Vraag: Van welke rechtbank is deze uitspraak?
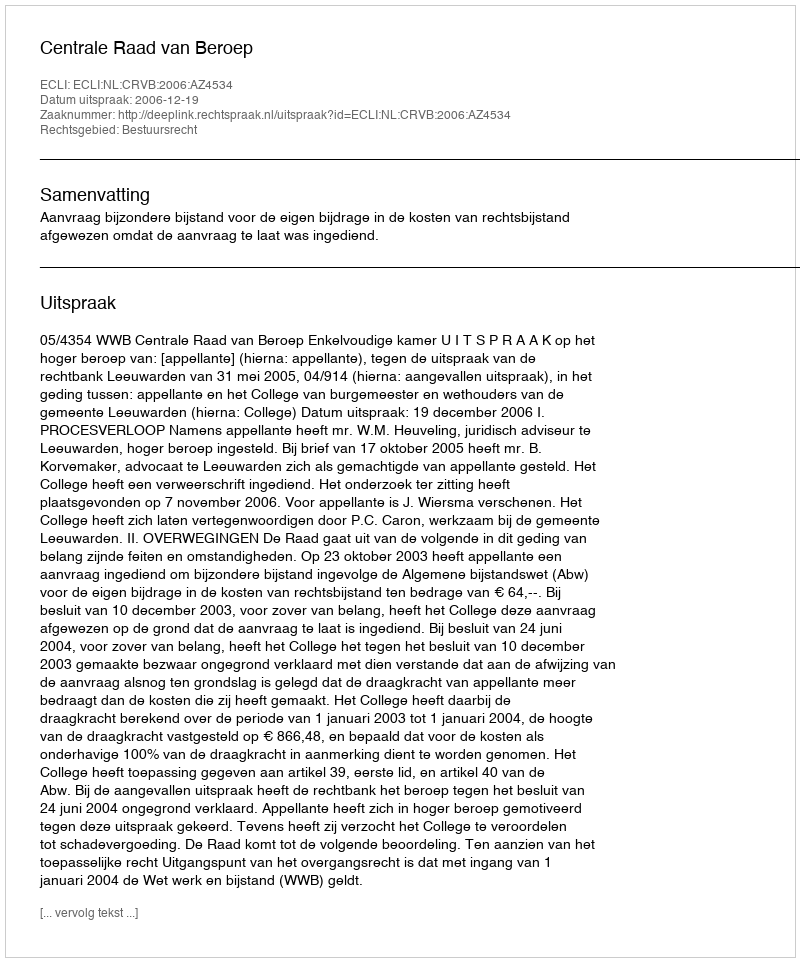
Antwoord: Centrale Raad van Beroep